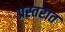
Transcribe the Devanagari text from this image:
प्रस्तरात